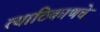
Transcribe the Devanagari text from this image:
त्याठिकाणचे